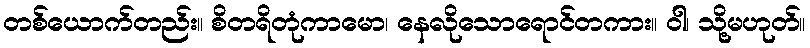
တစ်ယောက်တည်း။ စိတရိတုံကာမော၊ နေလိုသောရောင်တကား။ ဝါ၊ သို့မဟုတ်။